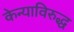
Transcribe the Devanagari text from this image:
केन्याविरुद्ध